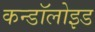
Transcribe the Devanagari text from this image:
कन्डॉलोइड